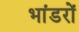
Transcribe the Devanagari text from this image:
भांडरों